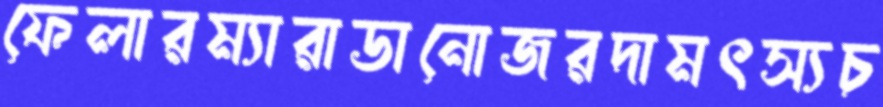
ফেলারম্যারাডানোজরদামৎস্যচ